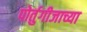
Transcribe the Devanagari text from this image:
पोर्तुगीजाच्या